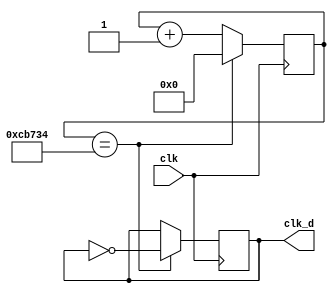
`timescale 1ns / 1ps
//////////////////////////////////////////////////////////////////////////////////
// Company: 
// Engineer: 
// 
// Design Name: 
// Module Name: clk_div_1_second
// Project Name: 
// Target Devices: 
// Tool Versions: 
// Description: 
// 
// Dependencies: 
// 
// Revision:
// Revision 0.01 - File Created
// Additional Comments:
// 
//////////////////////////////////////////////////////////////////////////////////


module clk_div_1_second(clk, clk_d);
    parameter div_value = 833332;//Slowing down our clock to update every 1 seconds.
    input clk;
    output clk_d;
    reg clk_d;
    reg [25:0] count;//We will need a 26 bit counter.
    initial
    begin
        clk_d = 0;
        count = 0;
    end
    always @(posedge clk)
    begin
        if (count == div_value)
            count <= 0;
        else
            count <= count + 1;
    end
    always @(posedge clk)
    begin
        if (count == div_value)
            clk_d <= ~ clk_d;
    end
endmodule
module clk_div_2_second(clk, clk_d);
    parameter div_value = 99999999;//Slowing down our clock to update every 1 seconds.
    input clk;
    output clk_d;
    reg clk_d;
    reg [25:0] count;//We will need a 26 bit counter.
    initial
    begin
        clk_d = 0;
        count = 0;
    end
    always @(posedge clk)
    begin
        if (count == div_value)
            count <= 0;
        else
            count <= count + 1;
    end
    always @(posedge clk)
    begin
        if (count == div_value)
            clk_d <= ~ clk_d;
    end
endmodule